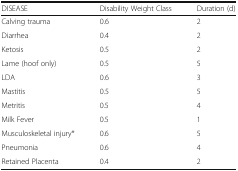
<table><thead><tr><td><b>DISEASE</b></td><td><b>Disability Weight Class</b></td><td><b>Duration (d)</b></td></tr></thead><tbody><tr><td>Calving trauma</td><td>0.6</td><td>2</td></tr><tr><td>Diarrhea</td><td>0.4</td><td>2</td></tr><tr><td>Ketosis</td><td>0.5</td><td>2</td></tr><tr><td>Lame (hoof only)</td><td>0.5</td><td>5</td></tr><tr><td>LDA</td><td>0.6</td><td>3</td></tr><tr><td>Mastitis</td><td>0.5</td><td>5</td></tr><tr><td>Metritis</td><td>0.5</td><td>4</td></tr><tr><td>Milk Fever</td><td>0.5</td><td>1</td></tr><tr><td>Musculoskeletal injury*</td><td>0.6</td><td>5</td></tr><tr><td>Pneumonia</td><td>0.6</td><td>4</td></tr><tr><td>Retained Placenta</td><td>0.4</td><td>2</td></tr></tbody></table>